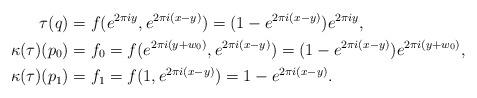
LaTeX: \begin{align*}\tau(q)&=f(e^{2\pi i y},e^{2 \pi i (x-y)})=(1-e^{2 \pi i (x-y)})e^{2\pi i y},\\\kappa(\tau)(p_0)&=f_0=f(e^{2\pi i (y+w_0)},e^{2 \pi i (x-y)})=(1-e^{2 \pi i (x-y)})e^{2\pi i (y+w_0)},\\\kappa(\tau)(p_1)&=f_1=f(1,e^{2 \pi i (x-y)})=1-e^{2 \pi i (x-y)}.\end{align*}